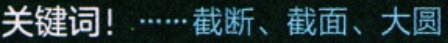
关键词！……截断、截面、大圆